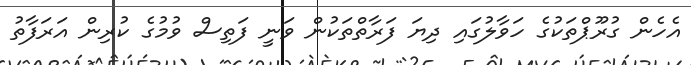
އެހެން ގުރޫޕްތަކުގެ ހަވާލުގައި ދިޔަ ފަރާތްތަކުން ވަނީ ފަތިސް ވުމުގެ ކުރިން އަރަފާތު